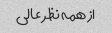
از همه نظر عالی